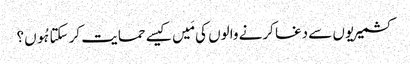
کشمیریوں سے دغا کرنے والوں کی مَیں کیسے حمایت کر سکتا ہُوں؟